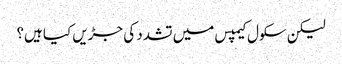
لیکن سکول کیمپس میں تشدد کی جڑیں کیا ہیں؟